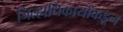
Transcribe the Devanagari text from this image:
जिल्हाधिकार्याकडून